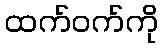
ထက်ဝက်ကို